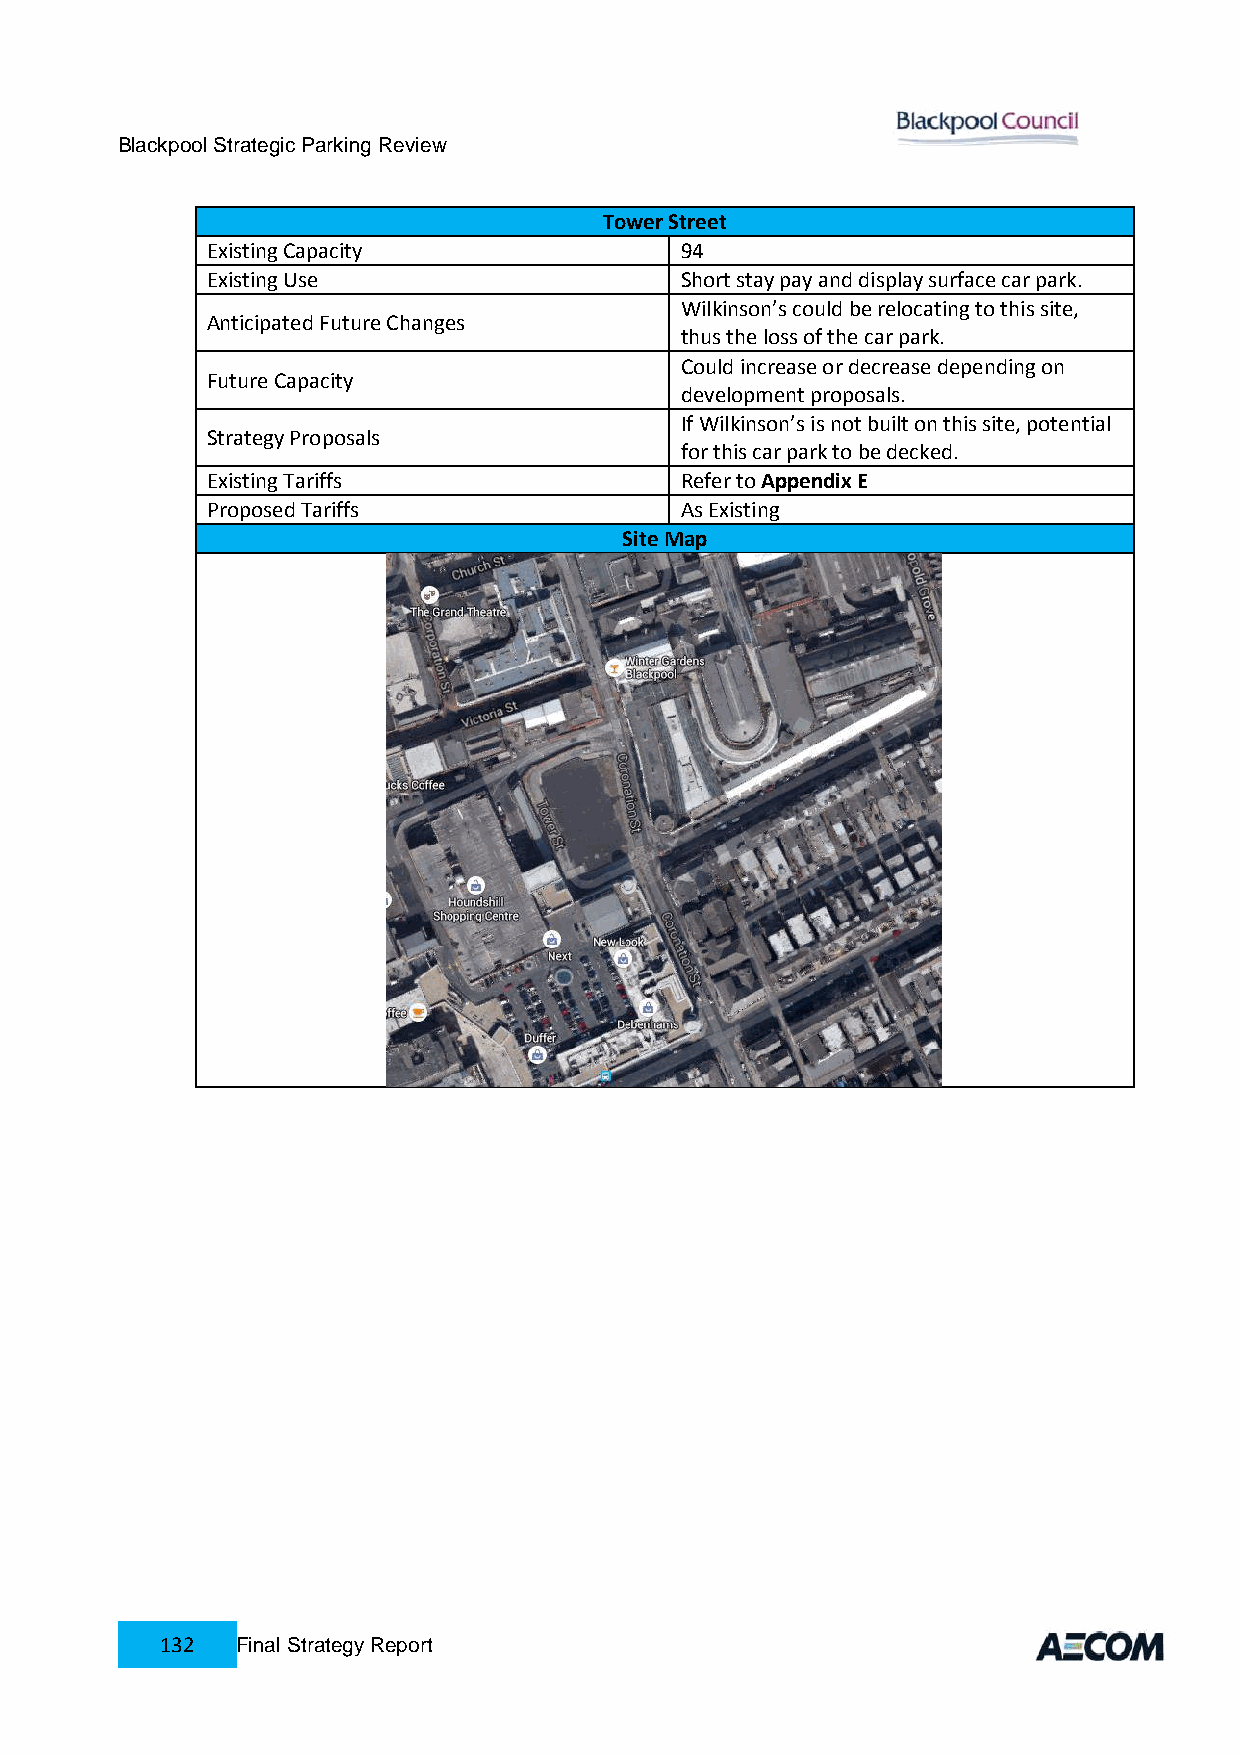
Blackpool Strategic Parking Review
 Tower Street
 Existing Capacity              94
 Existing Use                   Short stay pay and display surface car park.
 Wilkinson’s could be relocating to this site,
 Anticipated Future Changes
 thus the loss of the car park.
 Could increase or decrease depending on
 Future Capacity
 development proposals.
 If Wilkinson’s is not built on this site, potential
 Strategy Proposals
 for this car park to be decked.
 Existing Tariffs               Refer to Appendix E
 Proposed Tariffs               As Existing
 Site Map
 132  Final Strategy Report